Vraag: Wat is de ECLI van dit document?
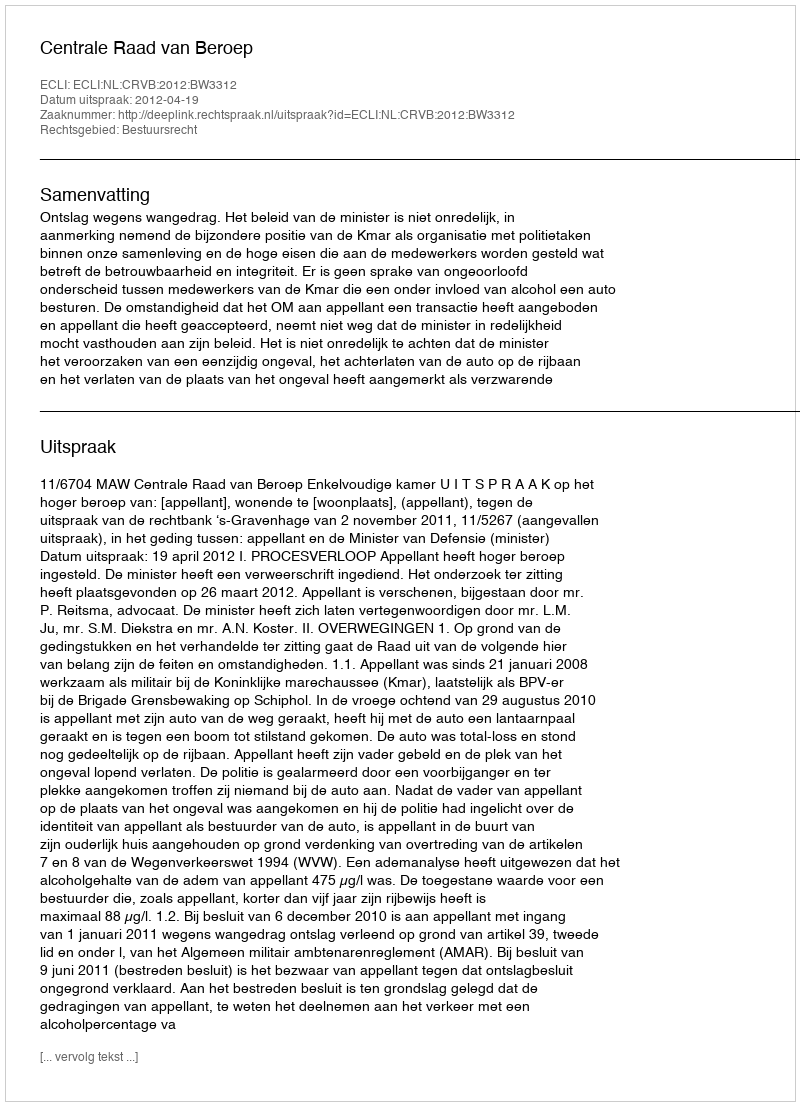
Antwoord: ECLI:NL:CRVB:2012:BW3312